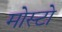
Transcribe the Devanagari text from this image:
मोस्टो